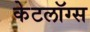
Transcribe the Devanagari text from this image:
केटलॉग्स